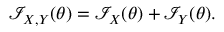
{ \mathcal { I } } _ { X , Y } ( \theta ) = { \mathcal { I } } _ { X } ( \theta ) + { \mathcal { I } } _ { Y } ( \theta ) .